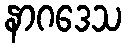
နာဂဒေသ